Scottish Leaving Certificate Examination, 1958
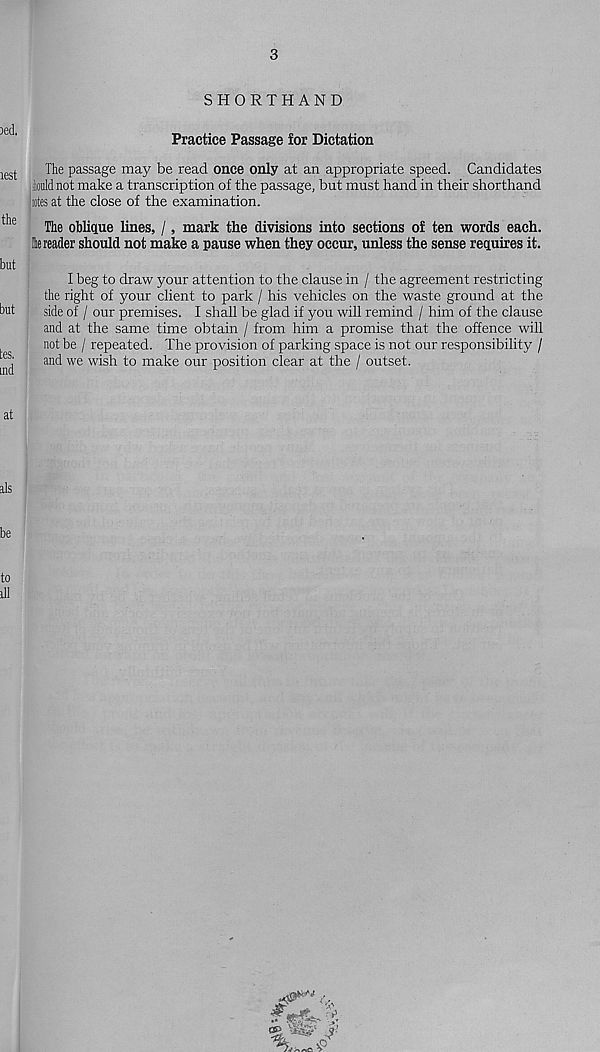
3
SHORTHAND
Practice Passage for Dictation
The passage may be read once only at an appropriate speed. Candidates
iouldnot make a transcription of the passage, but must hand in their shorthand
Wes at the close of the examination.
The oblique lines, /, mark the divisions into sections of ten words each,
lie reader should not make a pause when they occur, unless the sense requires it.
1 beg to draw your attention to the clause in / the agreement restricting
the right of your client to park / his vehicles on the waste ground at the
side of / our premises. I shall be glad if you will remind / him of the clause
and at the same time obtain / from him a promise that the offence will
not be / repeated. The provision of parking space is not our responsibility /
and we wish to make our position clear at the / outset.
<v
W-